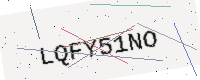
Text: LQFY51NO